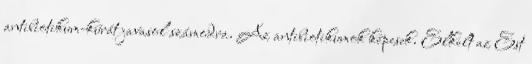
antibiotikum-kúrát javasol számodra. Az antibiotikumok képesek. Elkelt az Est